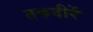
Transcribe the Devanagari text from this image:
तकदीरें